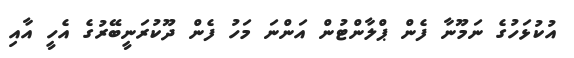
އުކުޅަހުގެ ނަމޫނާ ފެން ޕްލާންޓުން އަންނަ މަހު ފެން ދޫކުރަނީބޭރުގެ އެހީ އާއި